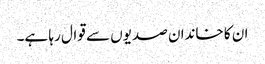
ان کا خاندان صدیوں سے قوال رہا ہے۔